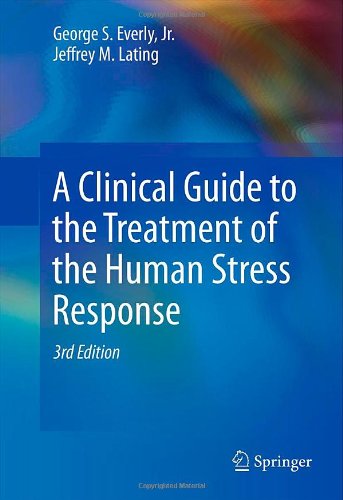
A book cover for A Clinical Guide to the Treatment of the Human Stress Response; George S. Everly  Jr.; Medical Books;